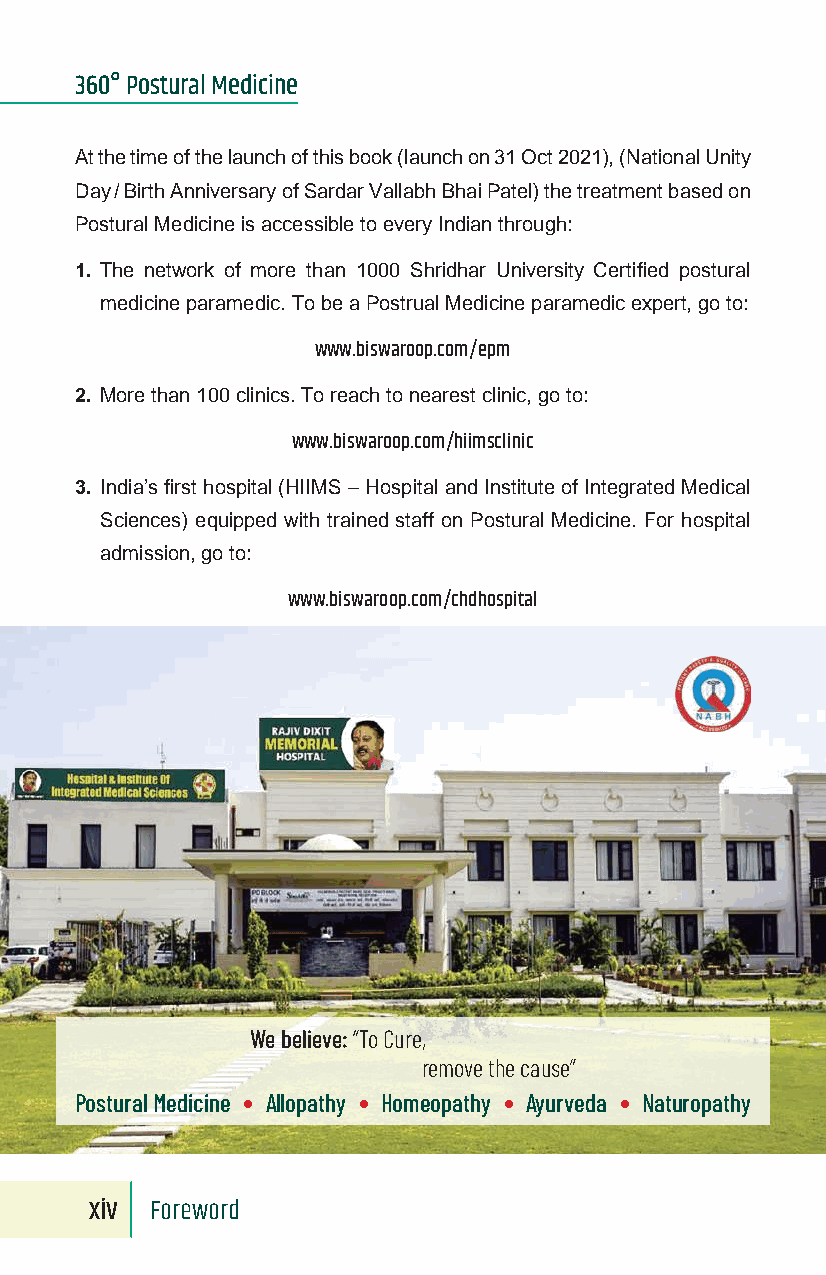
360° Postural Medicine
 At the time of the launch of this book (launch on 31 Oct 2021), (National Unity
 Day / Birth Anniversary of Sardar Vallabh Bhai Patel) the treatment based on
 Postural Medicine is accessible to every Indian through:
 1. The network of more than 1000 Shridhar University Certified postural
 medicine paramedic. To be a Postrual Medicine paramedic expert, go to:
 www.biswaroop.com/epm
 2. More than 100 clinics. To reach to nearest clinic, go to:
 www.biswaroop.com/hiimsclinic
 3. India’s first hospital (HIIMS – Hospital and Institute of Integrated Medical
 Sciences) equipped with trained staff on Postural Medicine. For hospital
 admission, go to:
 www.biswaroop.com/chdhospital
 We believe: “To Cure,
 remove the cause”
 Postural Medicine ∙ Allopathy ∙ Homeopathy ∙ Ayurveda ∙ Naturopathy
 xiv Foreword